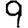
Digit: 9